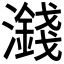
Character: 𪷻